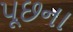
પૂછના